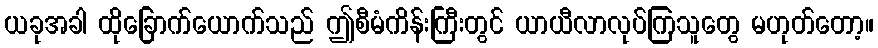
ယခုအခါ ထိုခြောက်ယောက်သည် ဤစီမံကိန်းကြီးတွင် ယာယီလာလုပ်ကြသူတွေ မဟုတ်တော့။